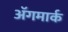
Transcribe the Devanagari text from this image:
अॅगमार्क